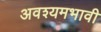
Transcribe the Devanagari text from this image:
अवश्यमभावी